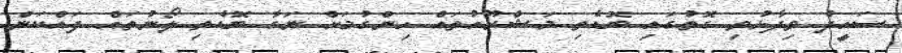
ސައީދު ވިދާޅުވި ގޮތުގައި ބޮޑެތި މަޝްރޫއުތައް ހިންގުމަށް ނަގާ ބޮޑެތި ލޯނުތައް ދައްކަން